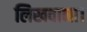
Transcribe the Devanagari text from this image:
लिखवाना।